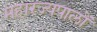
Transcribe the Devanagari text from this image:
महारज्यपालों